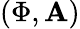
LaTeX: (\Phi,\mathbf{A})